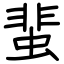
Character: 蜚